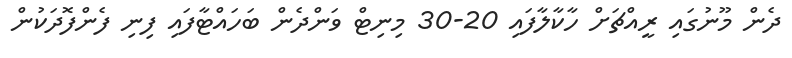
ދެން މޫނުގައި ރީއްޗަށް ހާކާލާފައި 20-30 މިނިޓް ވަންދެން ބަހައްޓާފައި ފިނި ފެންފޮދަކުން